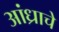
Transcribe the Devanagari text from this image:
आंध्राचे